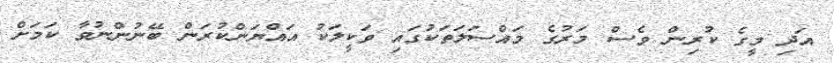
އަދި މީގެ ކުރިން ވެސް މަރުގެ މައްސަލަތަކުގައި ވަކީލަކު އައްޔަންކުރަން ބޭނުންނުވާ ކަމަށް